Subject: math
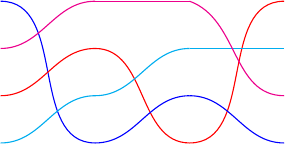
LaTeX code:
    	\begin{tikzpicture}[scale = 0.6]

  \draw[color=blue] (6, 3.5) to[out=0, in=180] (8, 0.5);
  \draw[color=magenta] (6, 2.5) to[out=0, in=180] (8, 3.5);
  \draw[color=red] (6, 1.5) to[out=0, in=180] (8, 2.5);
  \draw[color=cyan] (6, 0.5) to[out=0, in=180] (8, 1.5);

    \draw[color=red] (8,2.5) to[out=0, in=180] (10,0.5);
    \draw[color=magenta] (8,3.5) to[out=0, in=180] (10, 3.5);
    \draw[color=cyan] (8, 1.5) to[out=0, in=180] (10,2.5);
    \draw[color=blue] (8, 0.5) to [out=0, in=180] (10,1.5);

    \draw[color=red] (10,0.5) to[out=0, in=180] (12, 3.5);
    \draw[color=blue] (10,1.5) to[out=0, in=180] (12, 0.5);
    \draw[color=cyan] (10, 2.5) to [out=0, in=180] (12, 2.5);
    \draw[color=magenta] (10, 3.5) to [out=-20, in=180] (12, 1.5);

  \end{tikzpicture}